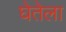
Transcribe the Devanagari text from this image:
घेतेला